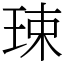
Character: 㻋